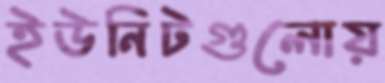
ইউনিটগুলোয়